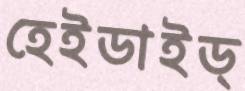
হেইডাইড্